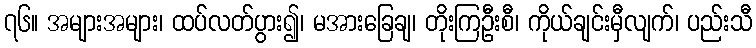
၇၆။ အများအများ၊ ထပ်လတ်ပွား၍၊ မအားခြေချ၊ တိုးကြဦးစီ၊ ကိုယ်ချင်းမှီလျက်၊ ပည်းသီ